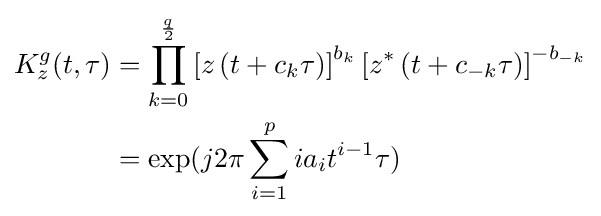
{\begin{aligned}K_{z}^{g}(t,\tau )&=\prod _{k=0}^{\frac {q}{2}}\left[z\left(t+c_{k}\tau \right)\right]^{b_{k}}\left[z^{*}\left(t+c_{-k}\tau \right)\right]^{-b_{-k}}\\&=\exp(j2\pi \sum _{i=1}^{p}ia_{i}t^{i-1}\tau )\end{aligned}}